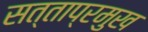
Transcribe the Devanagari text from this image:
सत्ताप्रमुख